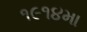
૧૯૧૪મા